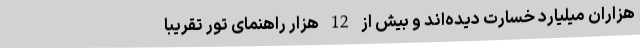
هزاران میلیارد خسارت دیده‌اند و بیش از 12 هزار راهنمای تور تقریبا